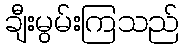
ချီးမွမ်းကြသည်